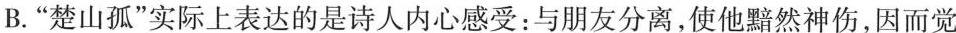
B.”楚山孤”实际上表达的是诗人内心感受：与朋友分离，使他黯然神伤，因而觉